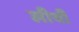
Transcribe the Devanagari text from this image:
लीयी